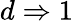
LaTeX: d\Rightarrow 1